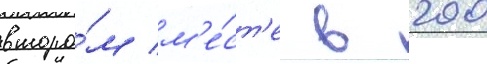
второ́м м'е́ст'е в 200